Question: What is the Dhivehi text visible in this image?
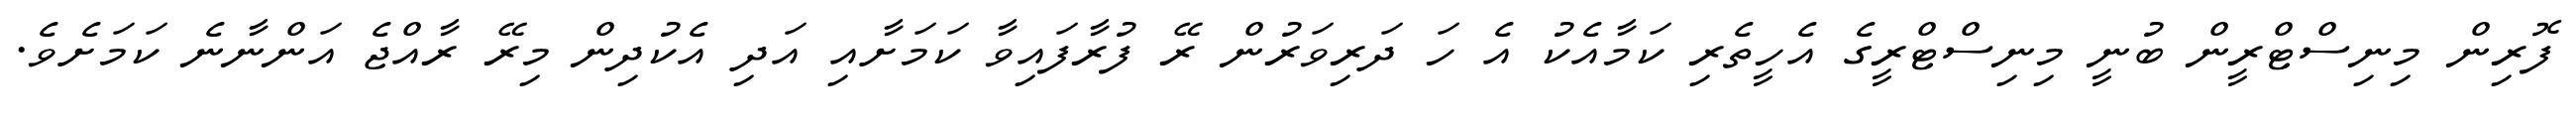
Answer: ފޮރިން މިނިސްޓްރީން ބުނީ މިނިސްޓްރީގެ އެހީތެރި ކަމާއެކު އެ ހަ ދަރިވަރުން ރޭ ފުރާފައިވާ ކަމަށާއި އަދި އެކުދިން މިރޭ ރާއްޖެ އަންނާނެ ކަމަށެވެ.